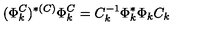
( \Phi _ { k } ^ { C } ) ^ { * ( C ) } \Phi _ { k } ^ { C } = C _ { k } ^ { - 1 } \Phi _ { k } ^ { * } \Phi _ { k } C _ { k }